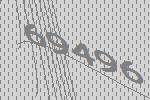
69496